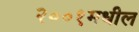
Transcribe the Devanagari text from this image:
२००१मधील